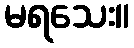
မရသေး။